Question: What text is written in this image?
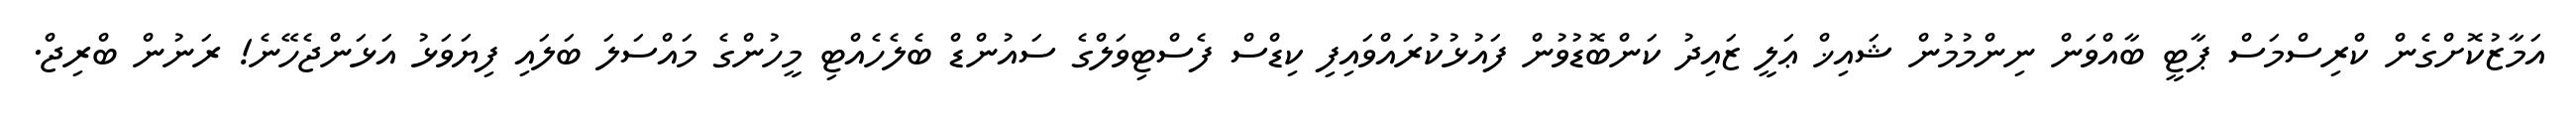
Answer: އަމާޒުކޮށްގެން ކްރިސްމަސް ޕާޓީ ބާއްވަން ނިންމުމުން ޝައިޚް ޢަލީ ޒައިދު ކަންބޮޑުވުން ފައުޅުކުރައްވައިފި ކިޑްސް ފެސްޓިވަލްގެ ސައުންޑް ބެލެހެއްޓި މީހުންގެ މައްސަލަ ބަލައި ފިޔަވަޅު އަޅަންޖެހޭނެ! ރަނުން ބްރިޖް.